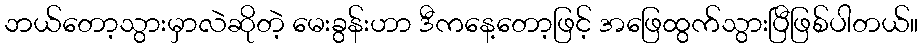
ဘယ်တော့သွားမှာလဲဆိုတဲ့ မေးခွန်းဟာ ဒီကနေ့တော့ဖြင့် အဖြေထွက်သွားပြီဖြစ်ပါတယ်။